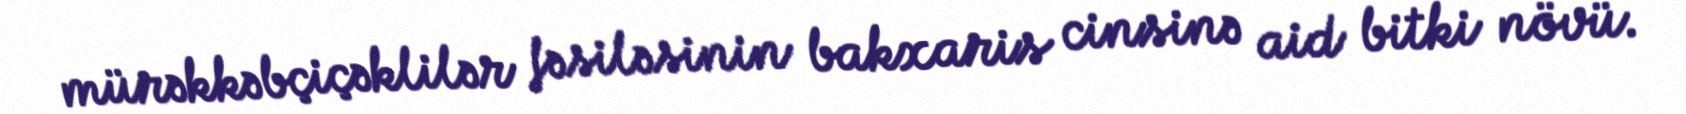
mürəkkəbçiçəklilər fəsiləsinin bakxaris cinsinə aid bitki növü.